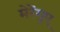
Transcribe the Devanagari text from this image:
मेरेंगुए